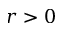
r > 0